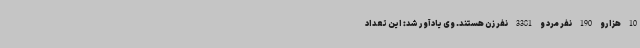
10 هزارو 190 نفر مرد و 3381 نفر زن هستند. وی یادآور شد: این تعداد